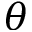
\theta